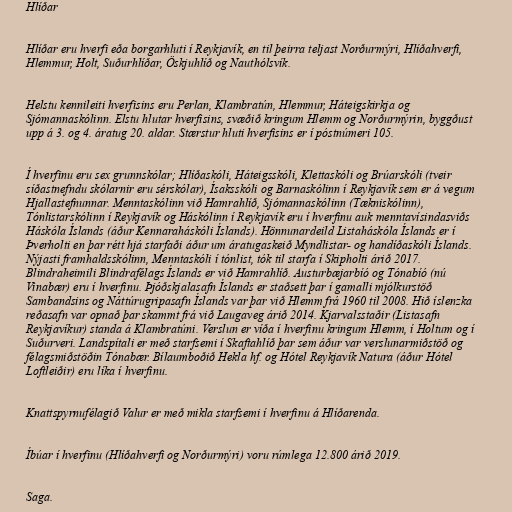
Hlíðar

Hlíðar eru hverfi eða borgarhluti í Reykjavík, en til þeirra teljast Norðurmýri, Hlíðahverfi,
Hlemmur, Holt, Suðurhlíðar, Öskjuhlíð og Nauthólsvík.

Helstu kennileiti hverfisins eru Perlan, Klambratún, Hlemmur, Háteigskirkja og
Sjómannaskólinn. Elstu hlutar hverfisins, svæðið kringum Hlemm og Norðurmýrin, byggðust
upp á 3. og 4. áratug 20. aldar. Stærstur hluti hverfisins er í póstnúmeri 105.

Í hverfinu eru sex grunnskólar; Hlíðaskóli, Háteigsskóli, Klettaskóli og Brúarskóli (tveir
síðastnefndu skólarnir eru sérskólar), Ísaksskóli og Barnaskólinn í Reykjavík sem er á vegum
Hjallastefnunnar. Menntaskólinn við Hamrahlíð, Sjómannaskólinn (Tækniskólinn),
Tónlistarskólinn í Reykjavík og Háskólinn í Reykjavík eru í hverfinu auk menntavísindasviðs
Háskóla Íslands (áður Kennaraháskóli Íslands). Hönnunardeild Listaháskóla Íslands er í
Þverholti en þar rétt hjá starfaði áður um áratugaskeið Myndlistar- og handíðaskóli Íslands.
Nýjasti framhaldsskólinn, Menntaskóli í tónlist, tók til starfa í Skipholti árið 2017.
Blindraheimili Blindrafélags Íslands er við Hamrahlíð. Austurbæjarbíó og Tónabíó (nú
Vinabær) eru í hverfinu. Þjóðskjalasafn Íslands er staðsett þar í gamalli mjólkurstöð
Sambandsins og Náttúrugripasafn Íslands var þar við Hlemm frá 1960 til 2008. Hið íslenzka
reðasafn var opnað þar skammt frá við Laugaveg árið 2014. Kjarvalsstaðir (Listasafn
Reykjavíkur) standa á Klambratúni. Verslun er víða í hverfinu kringum Hlemm, í Holtum og í
Suðurveri. Landspítali er með starfsemi í Skaftahlíð þar sem áður var verslunarmiðstöð og
félagsmiðstöðin Tónabær. Bílaumboðið Hekla hf. og Hótel Reykjavík Natura (áður Hótel
Loftleiðir) eru líka í hverfinu.

Knattspyrnufélagið Valur er með mikla starfsemi í hverfinu á Hlíðarenda.

Íbúar í hverfinu (Hlíðahverfi og Norðurmýri) voru rúmlega 12.800 árið 2019.

Saga.